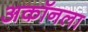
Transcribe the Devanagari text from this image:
अकॉनला